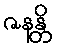
ဇနန္တိ